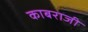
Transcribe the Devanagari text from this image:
काबराजी